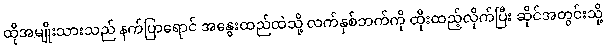
ထိုအမျိုးသားသည် နက်ပြာရောင် အနွေးထည်ထဲသို့ လက်နှစ်ဘက်ကို ထိုးထည့်လိုက်ပြီး ဆိုင်အတွင်းသို့